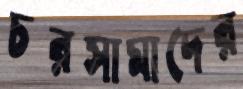
চরসামাদের